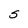
Character: S